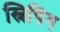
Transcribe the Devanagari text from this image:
स्निपिंग